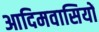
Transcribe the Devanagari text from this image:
आदिमवासियों